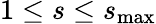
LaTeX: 1\leq s\leq s_{\operatorname*{max}}